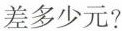
差多少元?